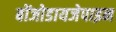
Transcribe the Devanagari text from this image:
बोंजोडायजेपाइन